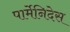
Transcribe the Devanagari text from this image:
पार्मेनिदेस